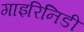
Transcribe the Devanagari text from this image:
गाइरिनिडी